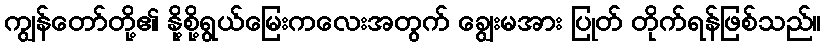
ကျွန်တော်တို့၏ နို့စို့ရွယ်မြေးကလေးအတွက် ချွေးမအား ပြုတ် တိုက်ရန်ဖြစ်သည်။